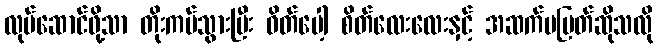
လုပ်ဆောင်ဖို့သာ တိုးကပ်သွားပြီး ဝိတ်ပေါ့ စိတ်လေးလေးနှင့် အဆက်မပြတ်ဆိုသလို